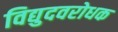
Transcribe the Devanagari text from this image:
विद्युदवरोधक